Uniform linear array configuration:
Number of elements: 48
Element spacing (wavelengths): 0.25
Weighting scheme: blackman
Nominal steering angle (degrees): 0
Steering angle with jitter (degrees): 1.96
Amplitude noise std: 0.05
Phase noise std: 0.05

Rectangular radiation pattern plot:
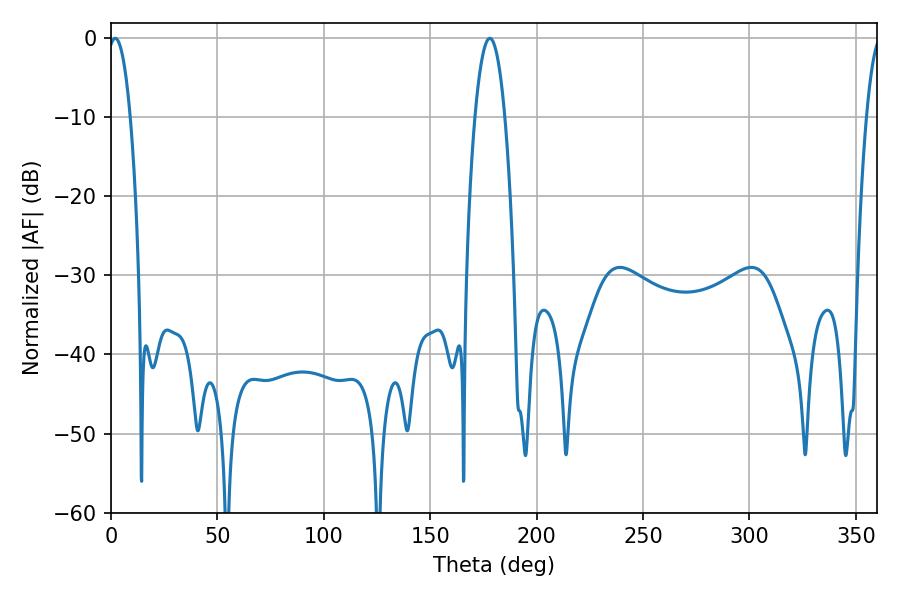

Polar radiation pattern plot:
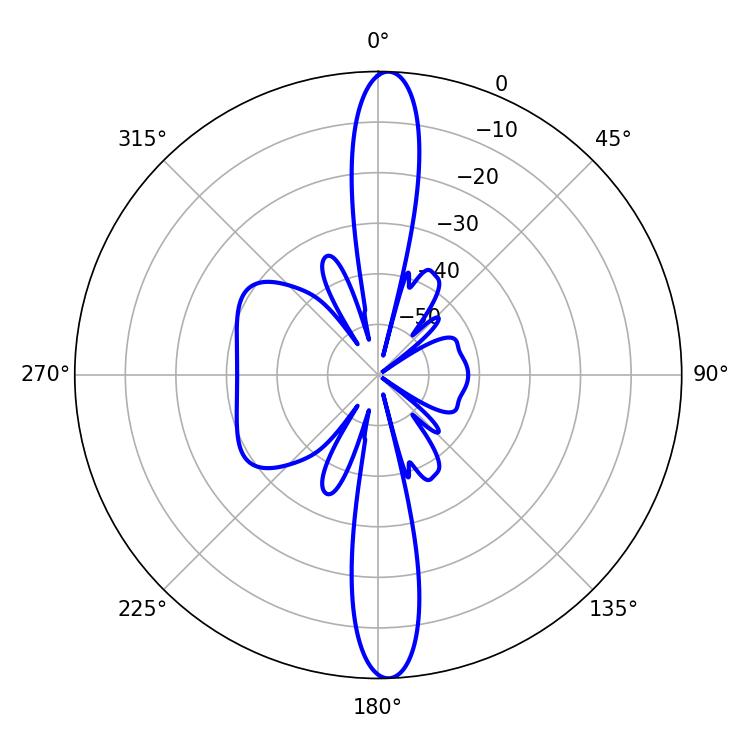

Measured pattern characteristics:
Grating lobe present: FALSE
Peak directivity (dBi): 23.529
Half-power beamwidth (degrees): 7.74
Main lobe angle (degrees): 178.02